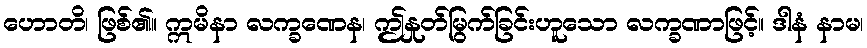
ဟောတိ၊ ဖြစ်၏။ ဣမိနာ လက္ခဏေန၊ ဤနှုတ်မြွက်ခြင်းဟူသော လက္ခဏာဖြင့်။ ဒါနံ နာမ၊